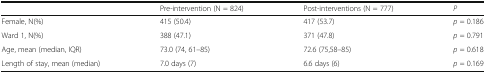
|  | Pre-intervention (N = 824) | Post-interventions (N = 777) | P |
 | --- | --- | --- | --- |
 | Female, N(%) | 415 (50.4) | 417 (53.7) | p = 0.186 |
 | Ward 1, N(%) | 388 (47.1) | 371 (47.8) | p = 0.791 |
 | Age, mean (median, IQR) | 73.0 (74, 61–85) | 72.6 (75,58–85) | p = 0.618 |
 | Length of stay, mean (median) | 7.0 days (7) | 6.6 days (6) | p = 0.169 |